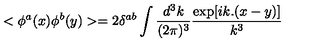
< \phi ^ { a } ( x ) \phi ^ { b } ( y ) > = 2 \delta ^ { a b } \int \frac { d ^ { 3 } k } { ( 2 \pi ) ^ { 3 } } \frac { \exp [ i k . ( x - y ) ] } { k ^ { 3 } }